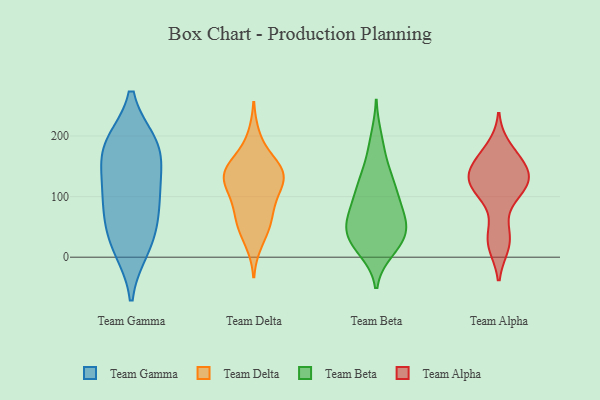
{"axis": {"x": "Tickets Resolved", "y": "Value"}, "legend": ["Team Alpha", "Team Beta", "Team Delta", "Team Gamma"], "data": [{"x": "", "y": 50, "type": "Team Gamma"}, {"x": "", "y": 73, "type": "Team Gamma"}, {"x": "", "y": 15, "type": "Team Gamma"}, {"x": "", "y": 104, "type": "Team Gamma"}, {"x": "", "y": 185, "type": "Team Gamma"}, {"x": "", "y": 21, "type": "Team Gamma"}, {"x": "", "y": 168, "type": "Team Gamma"}, {"x": "", "y": 187, "type": "Team Gamma"}, {"x": "", "y": 103, "type": "Team Gamma"}, {"x": "", "y": 132, "type": "Team Gamma"}, {"x": "", "y": 187, "type": "Team Gamma"}, {"x": "", "y": 157, "type": "Team Delta"}, {"x": "", "y": 60, "type": "Team Delta"}, {"x": "", "y": 135, "type": "Team Delta"}, {"x": "", "y": 25, "type": "Team Delta"}, {"x": "", "y": 50, "type": "Team Delta"}, {"x": "", "y": 116, "type": "Team Delta"}, {"x": "", "y": 137, "type": "Team Delta"}, {"x": "", "y": 86, "type": "Team Delta"}, {"x": "", "y": 62, "type": "Team Delta"}, {"x": "", "y": 121, "type": "Team Delta"}, {"x": "", "y": 140, "type": "Team Delta"}, {"x": "", "y": 150, "type": "Team Delta"}, {"x": "", "y": 100, "type": "Team Delta"}, {"x": "", "y": 198, "type": "Team Delta"}, {"x": "", "y": 140, "type": "Team Delta"}, {"x": "", "y": 41, "type": "Team Beta"}, {"x": "", "y": 119, "type": "Team Beta"}, {"x": "", "y": 127, "type": "Team Beta"}, {"x": "", "y": 88, "type": "Team Beta"}, {"x": "", "y": 56, "type": "Team Beta"}, {"x": "", "y": 21, "type": "Team Beta"}, {"x": "", "y": 60, "type": "Team Beta"}, {"x": "", "y": 172, "type": "Team Beta"}, {"x": "", "y": 13, "type": "Team Beta"}, {"x": "", "y": 36, "type": "Team Beta"}, {"x": "", "y": 142, "type": "Team Beta"}, {"x": "", "y": 93, "type": "Team Beta"}, {"x": "", "y": 88, "type": "Team Beta"}, {"x": "", "y": 11, "type": "Team Beta"}, {"x": "", "y": 63, "type": "Team Beta"}, {"x": "", "y": 57, "type": "Team Beta"}, {"x": "", "y": 198, "type": "Team Beta"}, {"x": "", "y": 116, "type": "Team Beta"}, {"x": "", "y": 28, "type": "Team Beta"}, {"x": "", "y": 39, "type": "Team Beta"}, {"x": "", "y": 122, "type": "Team Alpha"}, {"x": "", "y": 22, "type": "Team Alpha"}, {"x": "", "y": 154, "type": "Team Alpha"}, {"x": "", "y": 123, "type": "Team Alpha"}, {"x": "", "y": 181, "type": "Team Alpha"}, {"x": "", "y": 164, "type": "Team Alpha"}, {"x": "", "y": 102, "type": "Team Alpha"}, {"x": "", "y": 126, "type": "Team Alpha"}, {"x": "", "y": 135, "type": "Team Alpha"}, {"x": "", "y": 19, "type": "Team Alpha"}, {"x": "", "y": 47, "type": "Team Alpha"}, {"x": "", "y": 111, "type": "Team Alpha"}, {"x": "", "y": 147, "type": "Team Alpha"}]}